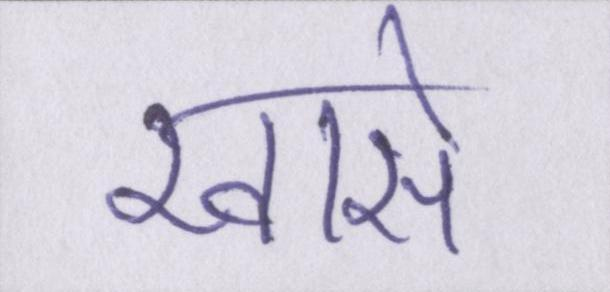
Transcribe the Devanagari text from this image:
खासे